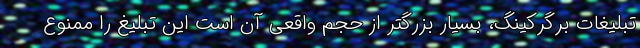
تبلیغات برگرکینگ، بسیار بزرگتر از حجم واقعی آن است این تبلیغ را ممنوع